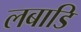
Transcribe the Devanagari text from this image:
लबाडि